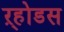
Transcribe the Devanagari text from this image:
ऱ्होडस